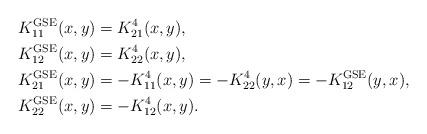
LaTeX: \begin{align*}K_{11}^{\rm GSE}(x,y) &= K^{4}_{21}(x,y), \\K_{12}^{\rm GSE}(x,y) &= K^{4}_{22}(x,y), \\K_{21}^{\rm GSE}(x,y) &= -K^{4}_{11}(x,y) = -K^{4}_{22}(y,x) = -K^{\rm GSE}_{12}(y,x),\\K_{22}^{\rm GSE}(x,y) &= -K^{4}_{12}(x,y).\end{align*}